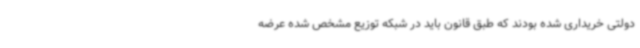
دولتی خریداری شده بودند که طبق قانون باید در شبکه توزیع مشخص شده عرضه